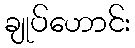
ချုပ်ဟောင်း